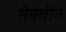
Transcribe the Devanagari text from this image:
मेक्वीन